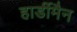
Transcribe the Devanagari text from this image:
हार्डीमैन